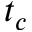
t _ { c }